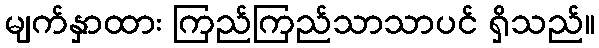
မျက်နှာထား ကြည်ကြည်သာသာပင် ရှိသည်။